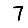
Digit: 7